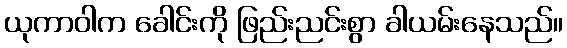
ယုကာဝါက ခေါင်းကို ဖြည်းညင်းစွာ ခါယမ်းနေသည်။